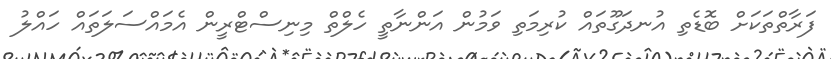
ފަރާތްތަކަށް ބޮޑެތި އުނދަގޫތައް ކުރިމަތި ވަމުން އަންނާތީ ހެލްތް މިނިސްޓްރީން އެމައްސަލަތައް ހައްލު